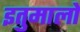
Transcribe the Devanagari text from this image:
इतुमालो